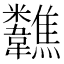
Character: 𩏷